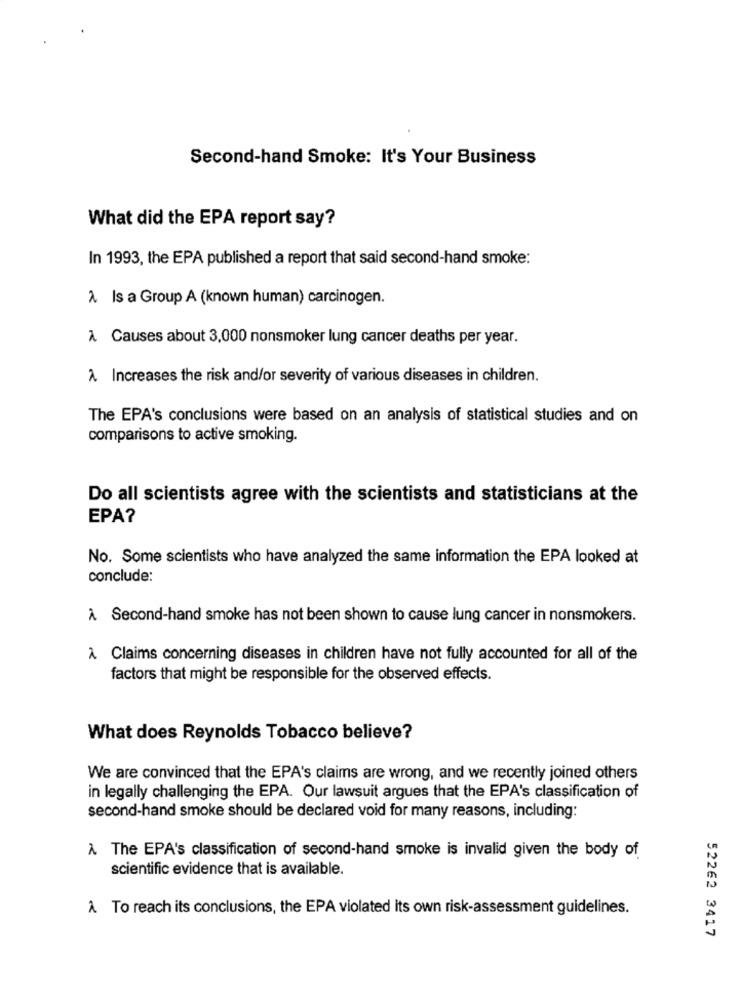
Second-hand Smoke: It's Your Business
What did the EPA report say?
In 1993, the EPA published a report that said second-hand smoke:
À Is a Group A (known human) carcinogen.
À Causes about 3,000 nonsmoker lung cancer deaths per year.
A. Increases the risk and/or severity of various diseases in children.
The EPA's conclusions were based on an analysis of statistical studies and on
comparisons to active smoking.
Do all scientists agree with the scientists and statisticians at the
EPA?
No. Some scientists who have analyzed the same information the EPA looked at
conclude:
À Second-hand smoke has not been shown to cause lung cancer in nonsmokers.
A Claims concerning diseases in children have not fully accounted for all of the
factors that might be responsible for the observed effects.
What does Reynolds Tobacco believe?
We are convinced that the EPA's claims are wrong, and we recently joined others
in legally challenging the EPA. Our lawsuit argues that the EPA's classification of
second-hand smoke should be declared void for many reasons, including:
À. The EPA's classification of second-hand smoke is invalid given the body of
scientific evidence that is available.
À To reach its conclusions, the EPA violated its own risk-assessment guidelines.
52262 3417